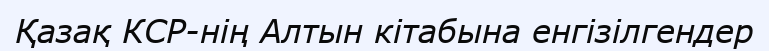
Қазақ КСР-нің Алтын кітабына енгізілгендер